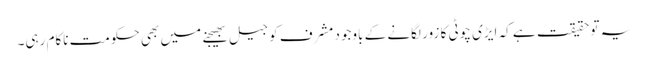
یہ تو حقیقت ہے کہ ایڑی چوٹی کا زور لگانے کے باوجود مشرف کو جیل بھیجنے میں بھی حکومت ناکام رہی۔